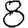
Digit: 8